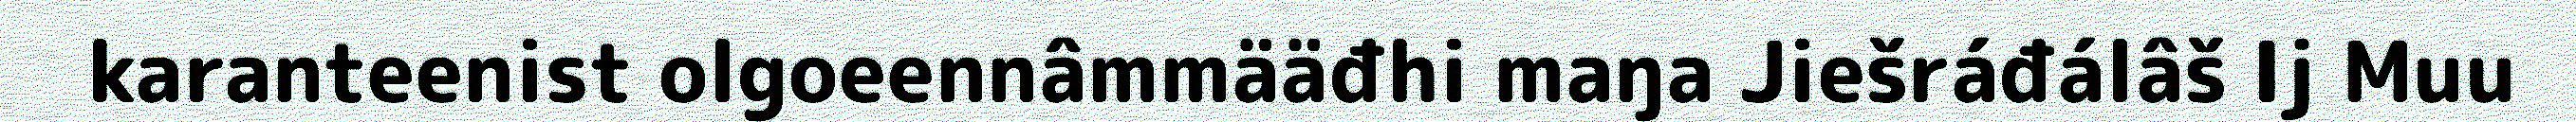
karanteenist olgoeennâmmääđhi maŋa Jiešráđálâš Ij Muu